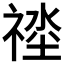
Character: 𱵠